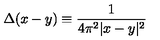
\Delta ( x - y ) \equiv { \frac { 1 } { 4 \pi ^ { 2 } | x - y | ^ { 2 } } }